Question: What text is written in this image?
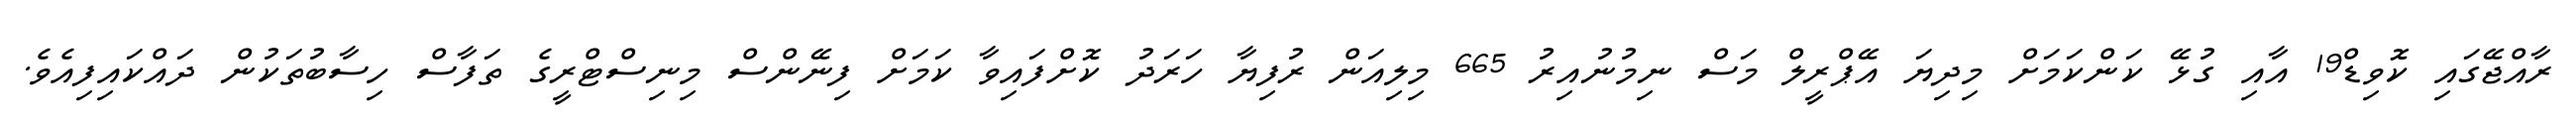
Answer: ރާއްޖޭގައި ކޮވިޑް19 އާއި ގުޅޭ ކަންކަމަށް މިދިޔަ އޭޕްރީލް މަސް ނިމުނުއިރު 665 މިލިއަން ރުފިޔާ ހަރަދު ކޮށްފައިވާ ކަމަށް ފިނޭންސް މިނިސްޓްރީގެ ތަފާސް ހިސާބުތަކުން ދައްކައިފިއެވެ.